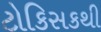
ટોકિસકથી